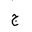
Letter: _gim